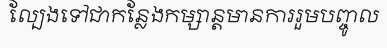
ល្បែងទៅជាកន្លែងកម្សាន្តមានការរួមបញ្ចូល